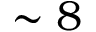
\sim 8